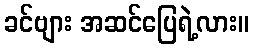
ခင်ဗျား အဆင်ပြေရဲ့လား။